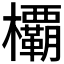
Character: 𣠽